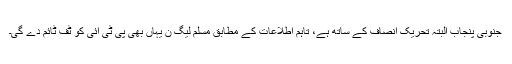
جنوبی پنجاب البتہ تحریک انصاف کے ساتھ ہے، تاہم اطلاعات کے مطابق مسلم لیگ ن یہاں بھی پی ٹی آئی کو ٹف ٹائم دے گی۔